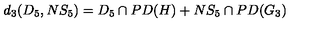
d _ { 3 } ( D _ { 5 } , N S _ { 5 } ) = D _ { 5 } \cap P D ( H ) + N S _ { 5 } \cap P D ( G _ { 3 } )